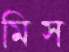
মিস